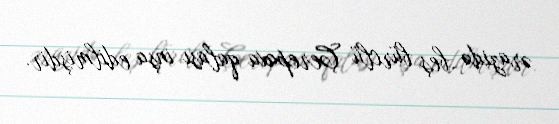
ərazidə beş bürclü Çerepaxa qalası inşa edilmişdir.